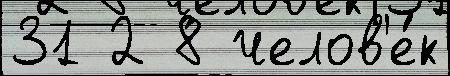
31 2 8 челов'е́к